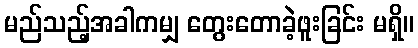
မည်သည့်အခါကမျှ တွေးတောခဲ့ဖူးခြင်း မရှိ။